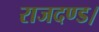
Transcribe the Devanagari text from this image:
राजदण्ड।